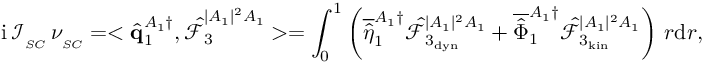
\mathrm { i } \, \mathcal { I } _ { _ { S C } } \, \nu _ { _ { S C } } = < \hat { \mathbf { q } } _ { 1 } ^ { A _ { 1 } \dagger } , \boldsymbol { \hat { \mathcal { F } } } _ { 3 } ^ { | A _ { 1 } | ^ { 2 } A _ { 1 } } > = \int _ { 0 } ^ { 1 } \left( \overline { { \hat { \eta } } } _ { 1 } ^ { A _ { 1 } \dagger } \hat { \mathcal { F } } _ { 3 _ { \mathrm { d y n } } } ^ { | A _ { 1 } | ^ { 2 } A _ { 1 } } + \overline { { \hat { \Phi } } } _ { 1 } ^ { A _ { 1 } \dagger } \hat { \mathcal { F } } _ { 3 _ { \mathrm { k i n } } } ^ { | A _ { 1 } | ^ { 2 } A _ { 1 } } \right) \, r \mathrm { d } r ,